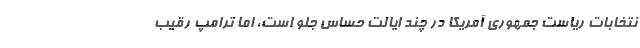
نتخابات ریاست جمهوری آمریکا در چند ایالت حساس جلو است، اما ترامپ رقیب